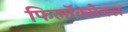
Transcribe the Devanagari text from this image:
फिलॉक्सेनस